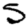
Digit: 5